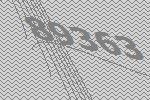
89363